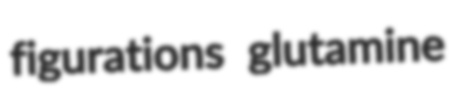
figurations glutamine